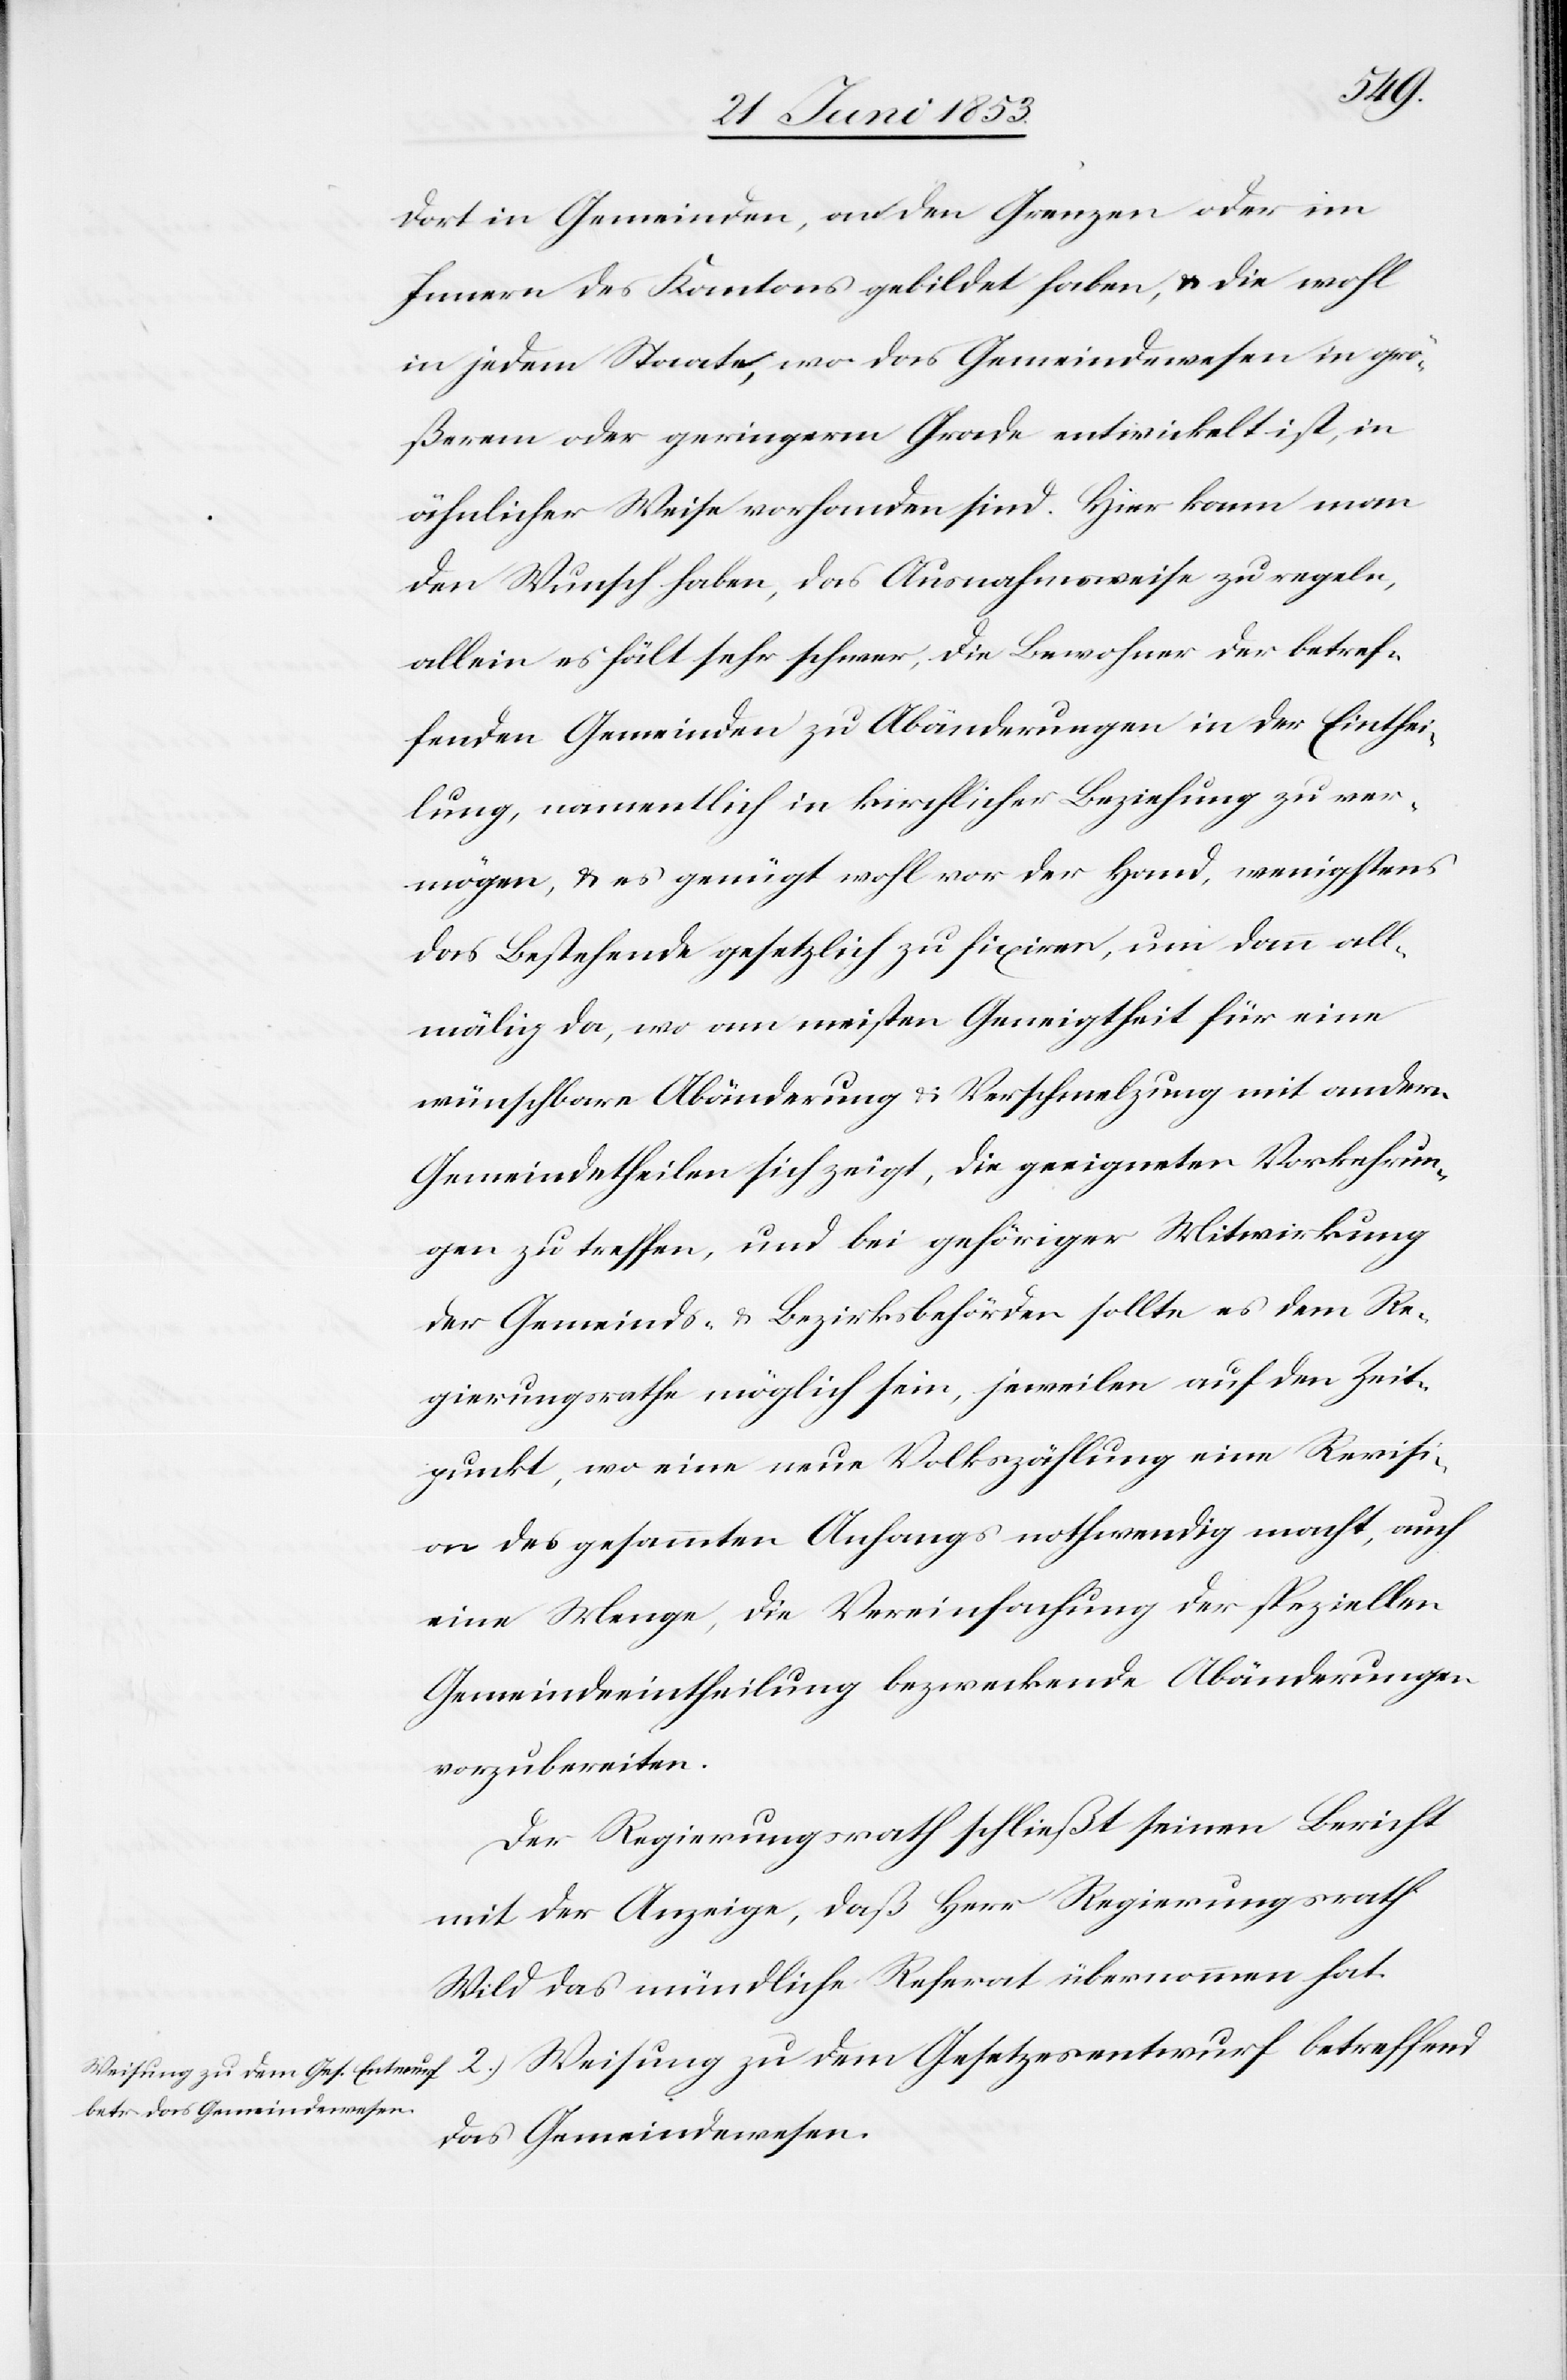
2.)
dort in Gemeinden, an den Grenzen oder im
Innern des Kantons gebildet haben, u. die wohl
in jedem Staate, wo das Gemeindewesen in grö¬
ßerm oder geringerem Grade entwickelt ist, in
ähnlicher Weise vorhanden sind. Hier kann man
den Wunsch haben, das Ausnahmsweise zu regeln,
allein es fält [sic!] schwer, die Bewohner der betref¬
fenden Gemeinden zu Abänderungen in der Einthei¬
lung, namentlich in kirchlicher Beziehung zu ver¬
mögen, u. es genügt wohl vor der Hand, wenigstens
das Bestehende gesetzlich zu fixiren, um dann all¬
mälig da, wo am meisten Geneigtheit für eine
wünschbare Abänderung u. Verschmelzung mit andern
Gemeindetheilen sich zeigt, die geeigneten Vorkehrun¬
gen zu treffen, und bei gehöriger Miteinwirkung
der Gemeinds- u. Bezirksbehörden sollte es dem Re¬
gierungsrathe möglich sein, jeweilen auf den Zeit¬
punkt, wo eine neue Volkszählung eine Revisi¬
on des gesammten Anhangs nothwendig macht, auch
eine Menge, die Vereinfachung der speziellen
Gemeindeeintheilung bezweckende [sic!] Abänderungen
vorzubereiten.
Der Regierungsrath schließt seinen Bericht
mit der Anzeige, daß Herr Regierungsrath
Wild das mündliche Referat übernommen hat.
das Gemeindwesen.